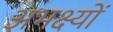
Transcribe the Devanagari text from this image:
अभक्ष्यों